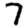
Digit: 7